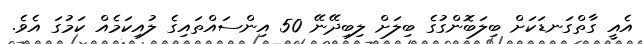
އެއީ ގާތްގަނޑަކަށް ބިލަބޮންގުގެ ބިލަށް ލިބިދޭނޭ 50 އިންސައްތައިގެ ލުއިކަމެއް ކަމުގަ އެވެ.